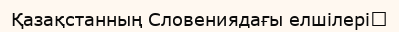
Қазақстанның Словениядағы елшілері‎